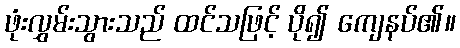
ဖုံးလွှမ်းသွားသည် ထင်သဖြင့် ပို၍ ကျေနပ်၏။